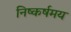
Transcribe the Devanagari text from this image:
निष्कर्षमय